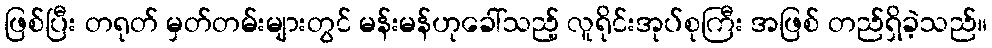
ဖြစ်ပြီး တရုတ် မှတ်တမ်းများတွင် မန်းမန်ဟုခေါ်သည့် လူရိုင်းအုပ်စုကြီး အဖြစ် တည်ရှိခဲ့သည်။